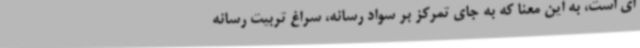
ای است، به این معنا که به جای تمرکز بر سواد رسانه، سراغ تربیت رسانه